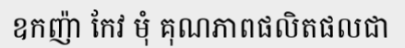
ឧកញ៉ា កែវ មុំ គុណភាពផលិតផលជា